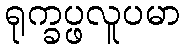
ရုက္ခပ္ဖလူပမာ